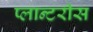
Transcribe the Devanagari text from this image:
प्लान्टरीस